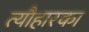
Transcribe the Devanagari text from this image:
त्यौहारका